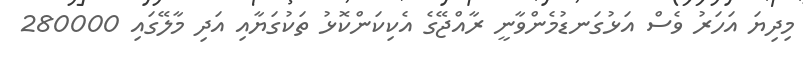
މިދިޔަ އަހަރު ވެސް އަޅުގަނޑުމެންވާނީ ރާއްޖޭގެ އެކިކަންކޮޅު ތަކުގަޔާއި އަދި މާލޭގައި 280000